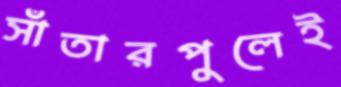
সাঁতারপুলেই